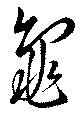
龜